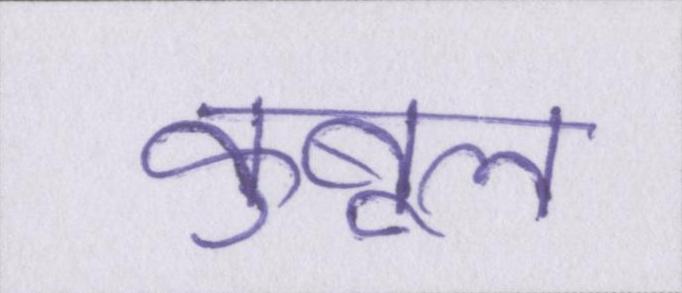
कुबूल